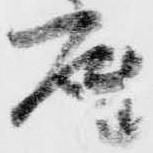
座